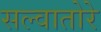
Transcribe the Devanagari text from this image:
सल्वातोरे